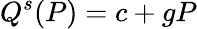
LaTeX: Q^{s}(P)=c+gP